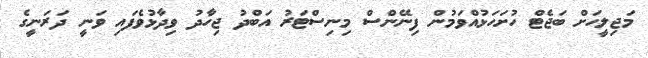
މަޖިލީހަށް ބަޖެޓް ހުށަހަޅުއްވަމުން ފިނޭންސް މިނިސްޓަރު އަބްދު ޖިހާދު ވިދާޅުވެފައި ވަނީ ދަރަނީގެ